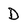
Character: D